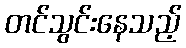
တင်သွင်းနေသည့်